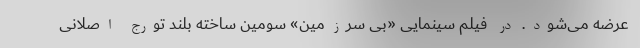
عرضه می‌شود. در فیلم سینمایی «بی سرزمین» سومین ساخته بلند تورج اصلانی